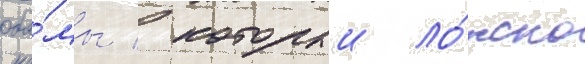
оба́мы / которыи ло́жно